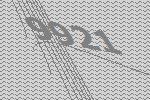
9921